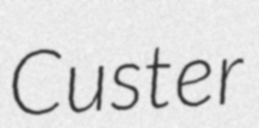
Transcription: Custer